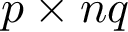
p \times n q